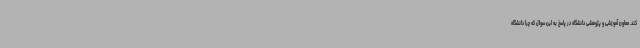
کند. معاون آموزشی و پژوهشی دانشگاه در پاسخ به این سوال که چرا دانشگاه